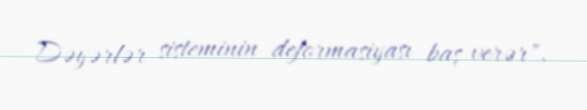
Dəyərlər sisteminin deformasiyası baş verər".